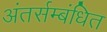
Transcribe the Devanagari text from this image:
अंतर्सम्बंधित